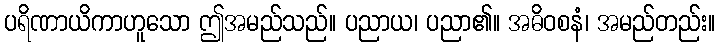
ပရိဏာယိကာဟူသော ဤအမည်သည်။ ပညာယ၊ ပညာ၏။ အဓိဝစနံ၊ အမည်တည်း။